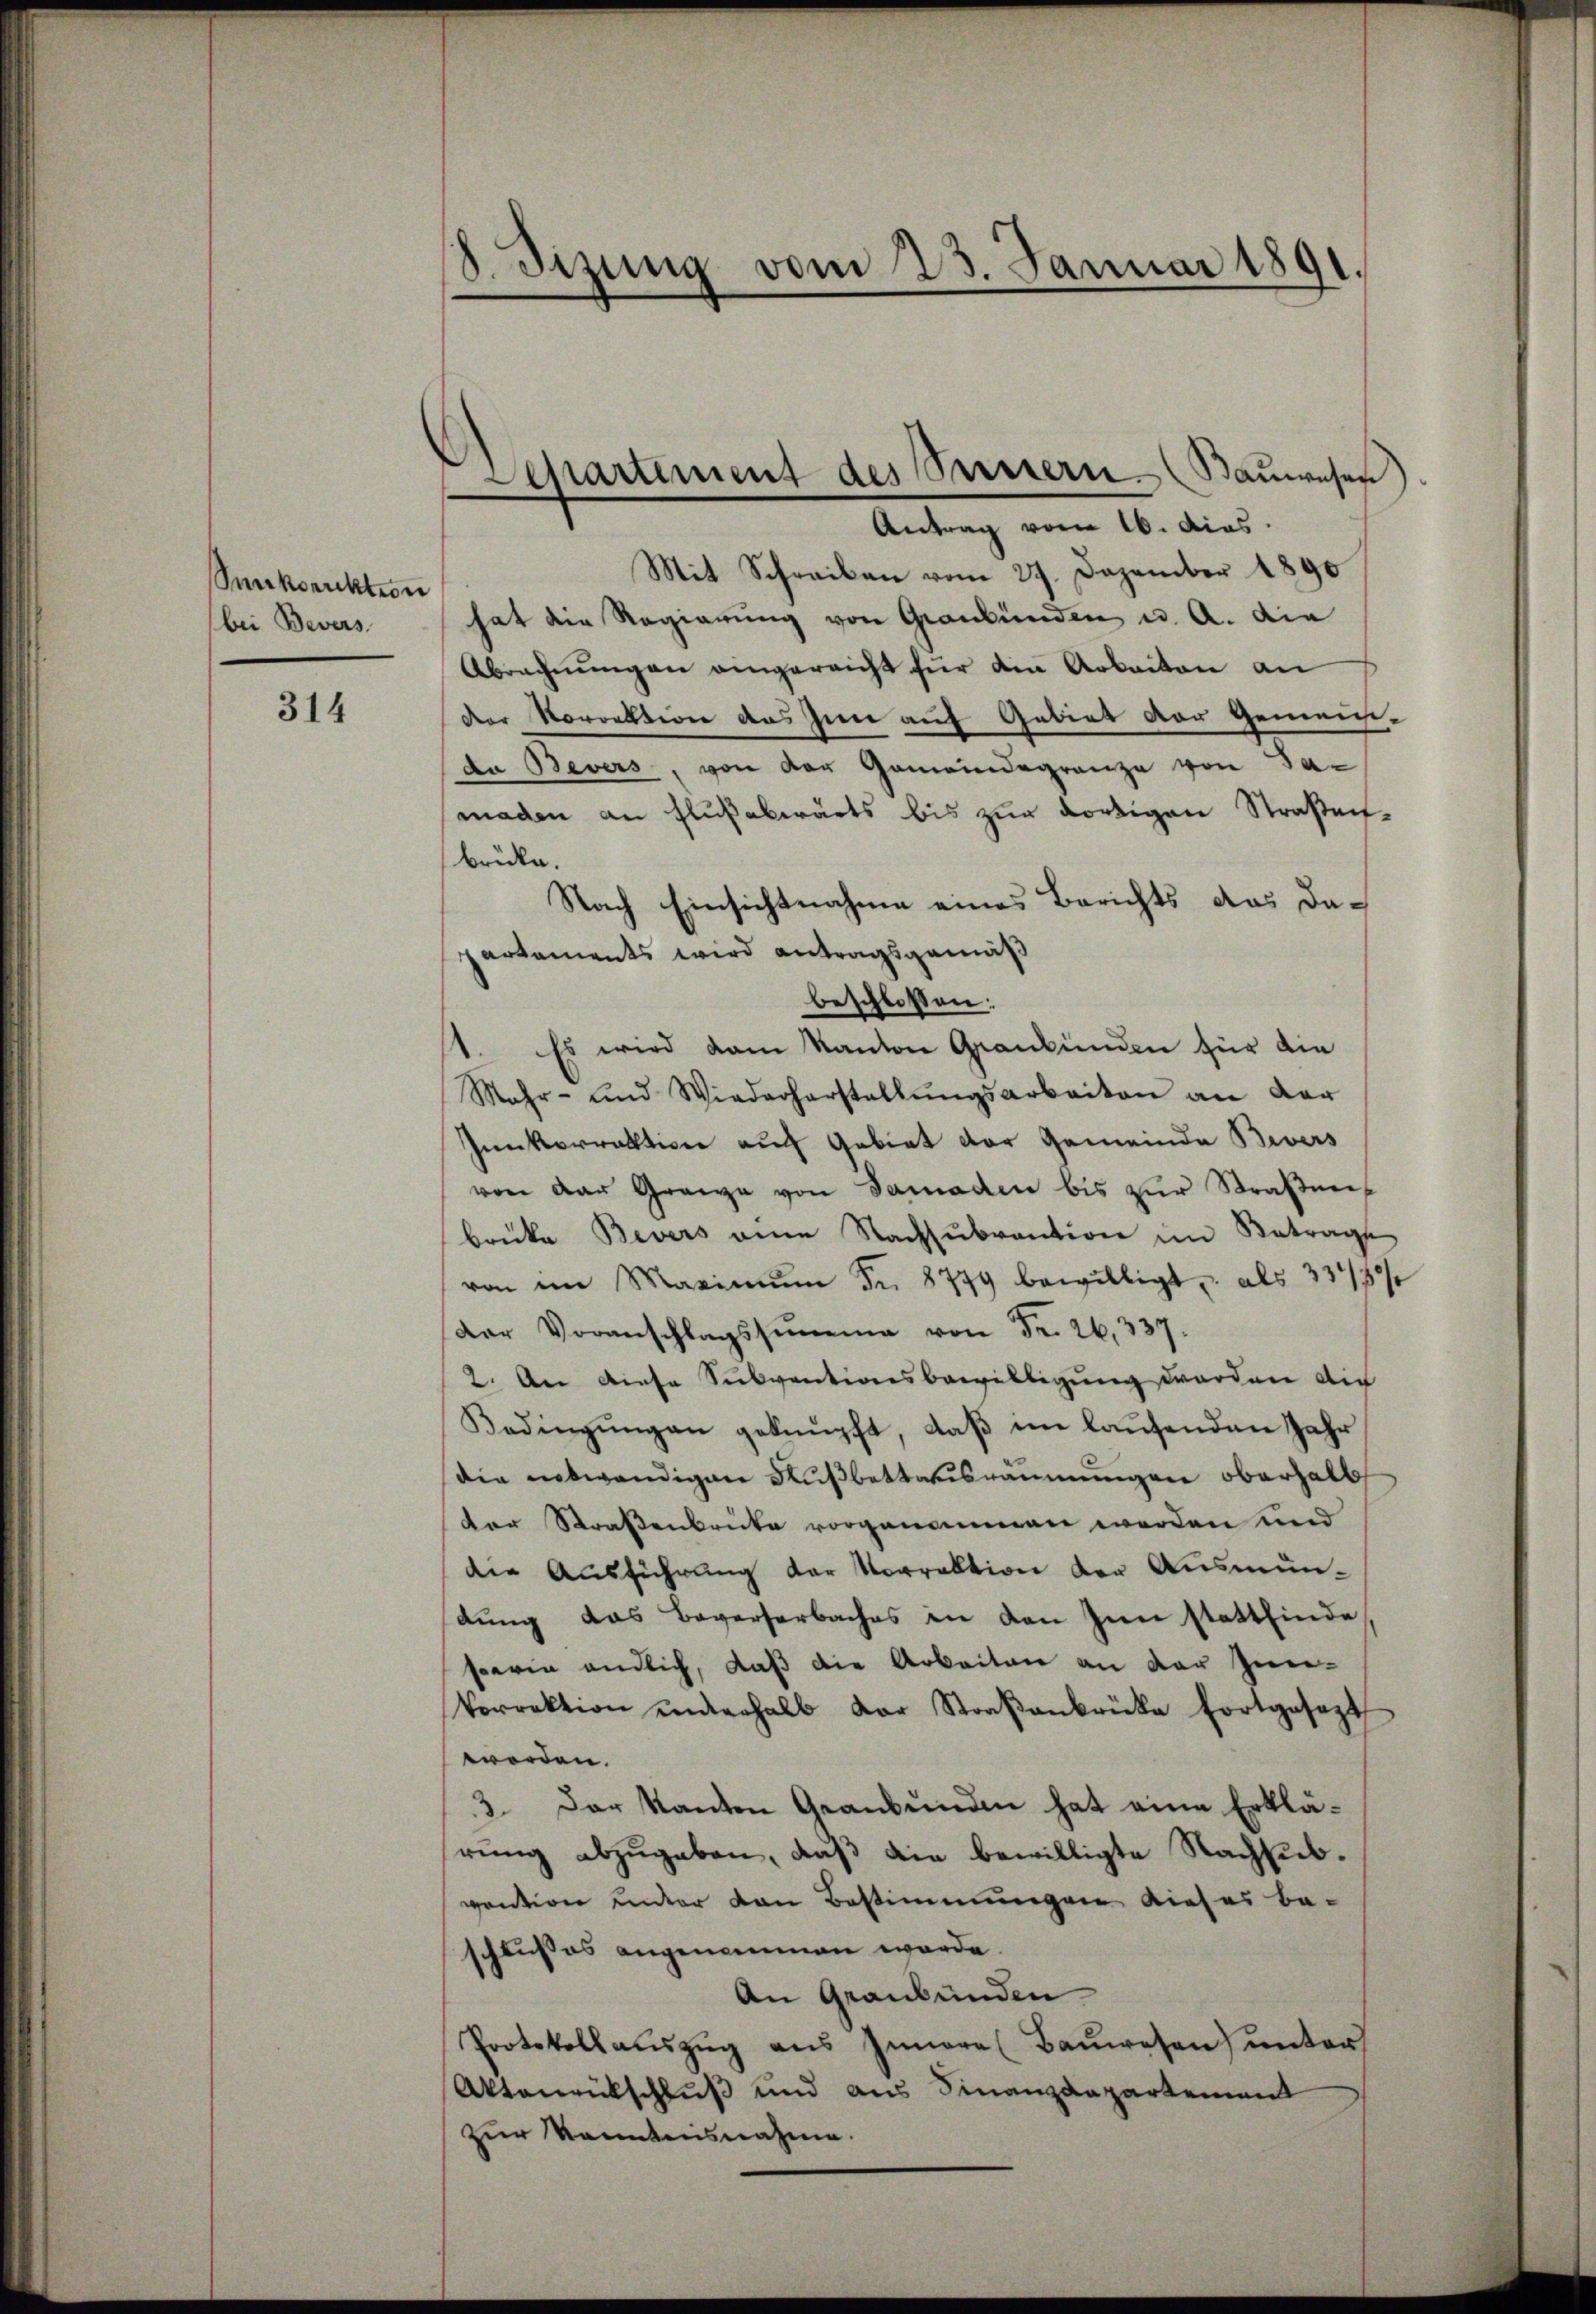
Sunkorrektion
bei Bevers.

314

8. Sizung vom 23. Januar 1891.

Departement des Seinern. Baŭwesen
Antrag vom 16. dies

Mit Schreiben vom 27. Dezember 1890
hat die Regierung von Graubünden u. A. die
Abrechnŭngen eingereicht für die Arbeiten an
der Korrektion des Inn auf Gebiet der Gemeinda Bevers, von der Gemeindegrenze von Jamaden an Flußabwärts bis zur dortigen Straßen-
brücke.
Nach Einsichtnahme eines Berichts das dapartements wird antragsgemäß
beschloßen:
.
Es wird dem Kanton Graubünden für die
Mehr- und Wiederherstellŭngsarbeiten an der
sunkorrektion auf Gebiet der Gemeinde Bevers
von der Grenze von Samaden bis zŭr Straßene
brücke Bevers eine Nachsubvention im Betrage
von in Maximŭm Fr. 8779 bewilligt u. als 334/39/
Der Voranschlagssumme von Fr. 26, 337.
2. An diese Subventionsbewilligung worden die
Bedingungen geknüpft, daß im laufenden Jahr
die notwendigen Nußbettausräumungen oberhalb
der Straßenbrücke vorgenommen werden und
die Ausführung der Vorrektion der Ausmündung das Beverserbaches in den Inn stattfinde
serin endlich, daß die Arbeiten an der Zun¬
Vorrektion ŭnterhalb der Straβenbrücke fortgesezt
worden.
3. Der Kanton Graubünden hat eine Erklärung abzugeben, daß die bewilligte Nachsubvention ander von Bestimmungen dieses be-
schlusses angenommen werde.
An Graubünden.
Protokollaŭszŭg aŭs Innere Baŭwesen) unter
Aktenrückschluß und aus Finanzdepartement
zur Kenntnisnahme.